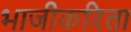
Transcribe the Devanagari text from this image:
भाजीकरिता